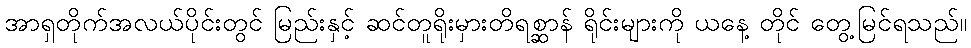
အာရှတိုက်အလယ်ပိုင်းတွင် မြည်းနှင့် ဆင်တူရိုးမှားတိရစ္ဆာန် ရိုင်းများကို ယနေ့ တိုင် တွေ့မြင်ရသည်။